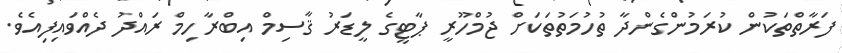
ފަރާތްތަކުން ކުރަމުންގެންދާ ތުހުމަތުތަކަށް ޖުމްހޫރީ ޕާޓީގެ ލީޑަރު ޤާސިމް އިބްރާހިމް ރައްދު ދެއްވައިފިއެވެ.